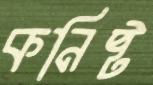
কনিষ্ট